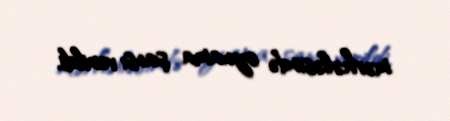
mərhələsində oynama şansı verildi.